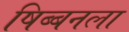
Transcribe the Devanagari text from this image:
षिब्बनला